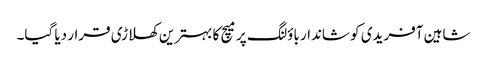
شاہین آفریدی کو شاندار باؤلنگ پر میچ کا بہترین کھلاڑی قرار دیا گیا۔